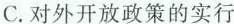
C.对外开放政策的实行